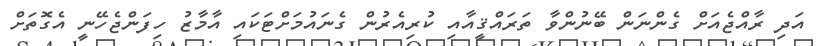
އަދި ރާއްޖެއަށް ގެންނަން ބޭނުންވާ ތަރައްޤީއާއި ކުރިއެރުން ގެނައުމަށްޓަކައި އާމާޒު ހިފަންޖެހޭނީ އެގޮތަށް